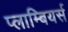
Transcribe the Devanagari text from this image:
प्लाम्बियर्स